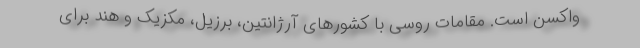
واکسن است. مقامات روسی با کشورهای آرژانتین، برزیل، مکزیک و هند برای